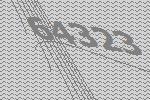
64323